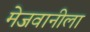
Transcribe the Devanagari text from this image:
मेजवानीला